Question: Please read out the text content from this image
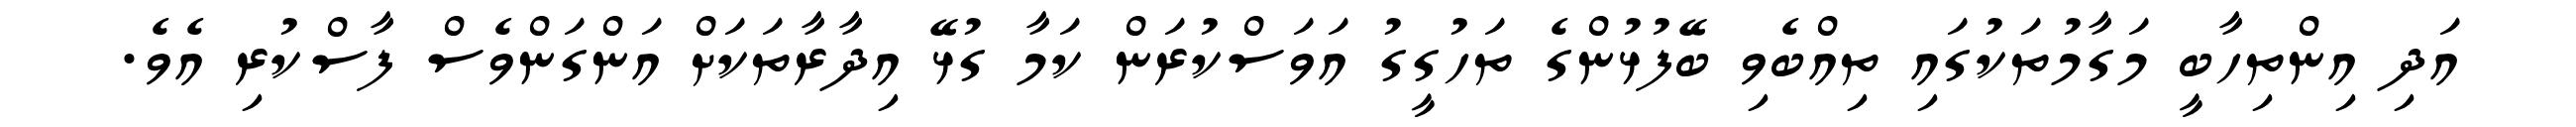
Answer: އަދި އިންތިހާބީ މަގާމުތަކުގައި ތިއްބެވި ބޭފުޅުންގެ ތަހުގީގު އަވަސްކުރަން ކަމާ ގުޅޭ އިދާރާތަކަށް އަންގަންވެސް ފާސްކުރި އެވެ.